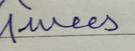
Signature authenticity: forged